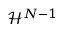
\mathcal H ^ { N - 1 }